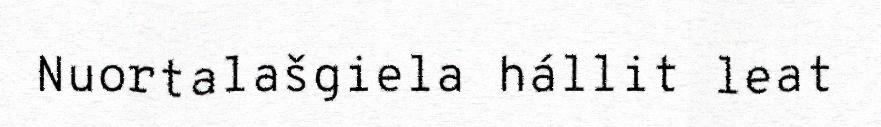
Nuortalašgiela hállit leat